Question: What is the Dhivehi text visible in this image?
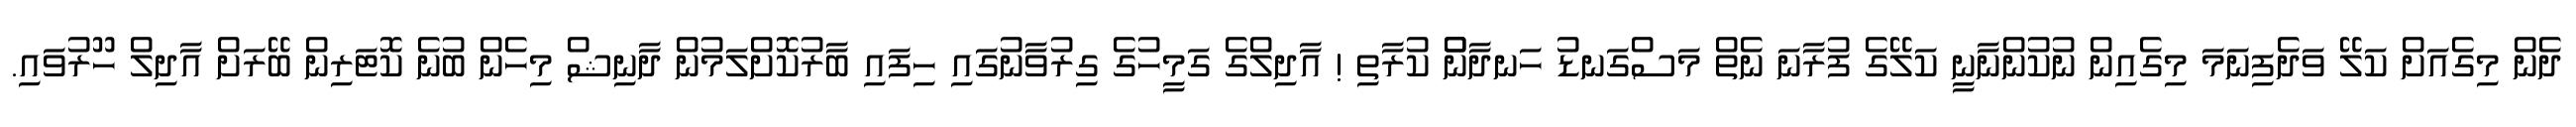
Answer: ދެން މިގެއަށް ކަލޭ ވަދެފިނަމަ މިގެއިން ނުކުންނާނީ ކަލޭގެ ފުރާނަ ނެތް މަސްގަނޑު ހަނދާންް ކުރާތި ! އާދިލްގެ ގަމީހުގެ ގިރުވާނުގައި ހިފައި ބާރުކޮށްލަމުން ދާނިޝް މިހެން ބުނެ ކޮޓަރިން ބޭރަށް އާދިލް ހޫރުވައި.